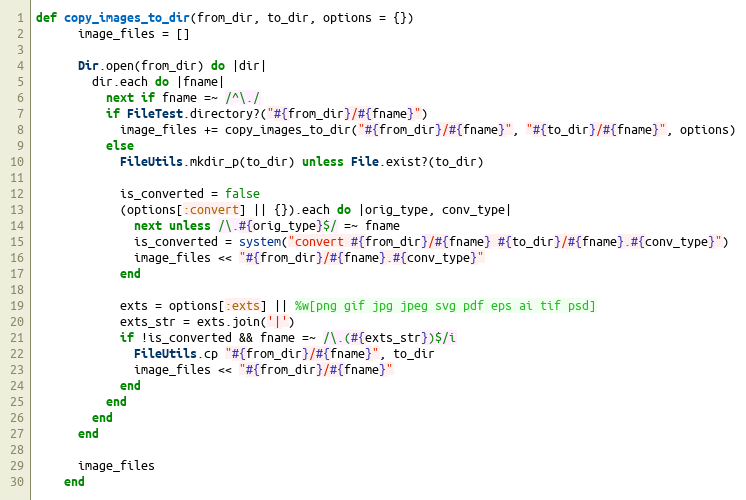
Language: Ruby
def copy_images_to_dir(from_dir, to_dir, options = {})
      image_files = []

      Dir.open(from_dir) do |dir|
        dir.each do |fname|
          next if fname =~ /^\./
          if FileTest.directory?("#{from_dir}/#{fname}")
            image_files += copy_images_to_dir("#{from_dir}/#{fname}", "#{to_dir}/#{fname}", options)
          else
            FileUtils.mkdir_p(to_dir) unless File.exist?(to_dir)

            is_converted = false
            (options[:convert] || {}).each do |orig_type, conv_type|
              next unless /\.#{orig_type}$/ =~ fname
              is_converted = system("convert #{from_dir}/#{fname} #{to_dir}/#{fname}.#{conv_type}")
              image_files << "#{from_dir}/#{fname}.#{conv_type}"
            end

            exts = options[:exts] || %w[png gif jpg jpeg svg pdf eps ai tif psd]
            exts_str = exts.join('|')
            if !is_converted && fname =~ /\.(#{exts_str})$/i
              FileUtils.cp "#{from_dir}/#{fname}", to_dir
              image_files << "#{from_dir}/#{fname}"
            end
          end
        end
      end

      image_files
    end